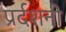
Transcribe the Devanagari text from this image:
प्रर्दशनी